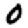
Digit: 0